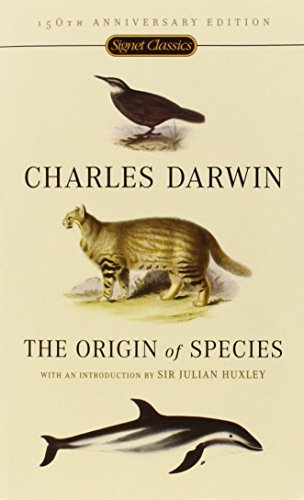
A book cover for The Origin of Species: 150th Anniversary Edition; Charles Darwin; Literature & Fiction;